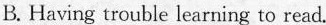
B. Having trouble learning to read.